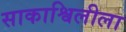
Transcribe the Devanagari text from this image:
साकाश्विलीला